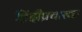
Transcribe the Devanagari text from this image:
हिंदीप्रचारक